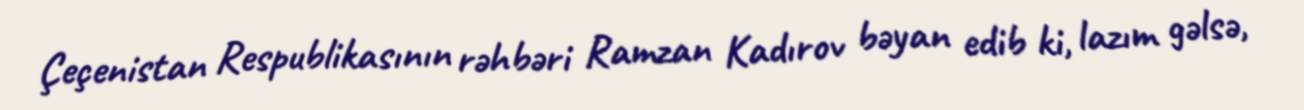
Çeçenistan Respublikasının rəhbəri Ramzan Kadırov bəyan edib ki, lazım gəlsə,